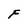
Character: F